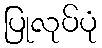
ပြုလုပ်ပုံ